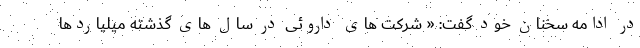
در ادامه سخنان خود گفت: « شرکت های داروئی در سال های گذشته میلیاردها